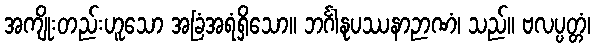
အကျိုးတည်းဟူသော အခြံအရံရှိသော။ ဘင်္ဂါနုပဿနာဉာဏံ၊ သည်။ ဗလပ္ပတ္တံ၊